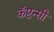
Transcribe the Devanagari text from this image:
कॅप्टन्सी